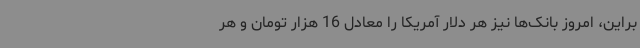
براین، امروز بانک‌ها نیز هر دلار آمریکا را معادل 16 هزار تومان و هر